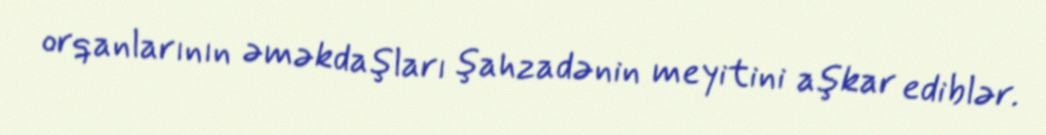
orqanlarının əməkdaşları şahzadənin meyitini aşkar ediblər.